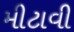
મીટાવી